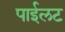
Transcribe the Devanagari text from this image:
पाईलट